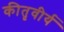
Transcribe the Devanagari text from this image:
कीतृवीर्य